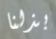
بذلنا